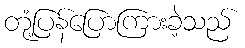
တုံ့ပြန်ပြောကြားခဲ့သည်